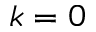
k = 0